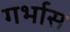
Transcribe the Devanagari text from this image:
गर्भास